Annual report of the Bengal Veterinary College and of the Civil Veterinary Department, Bengal, for the year 1910-1911 - 1910-1911
Year: 1910
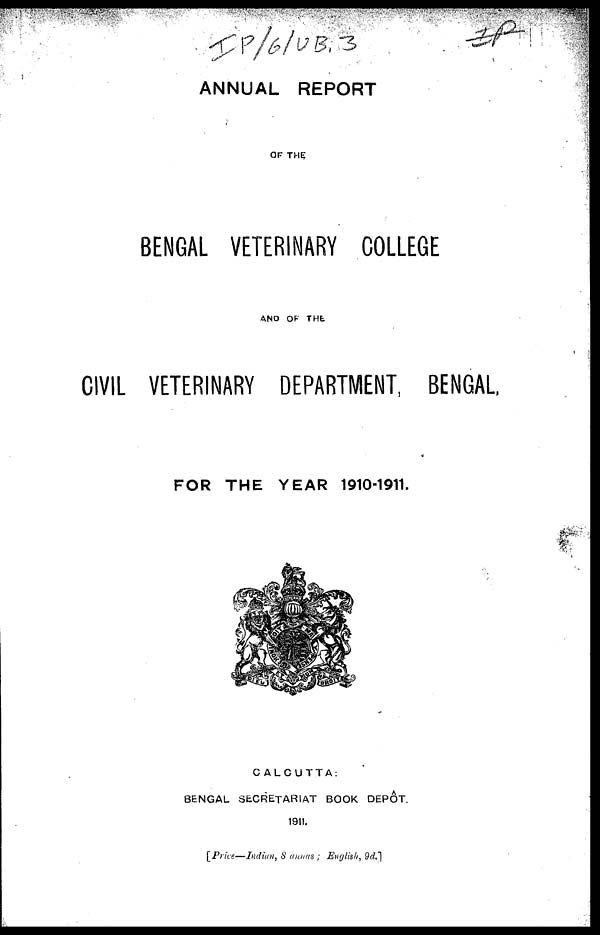
ANNUAL REPORT
OF THE
BENGAL VETERINARY COLLEGE
AND OF THE
CIVIL VETERINARY DEPARTMENT, BENGAL
FOR THE YEAR 1910-1911.
CALCUTTA:
BENGAL SECRETARIAT BOOK DEPOT.
1911.
[Price—Indian, 8 annas ; English, 9d.]